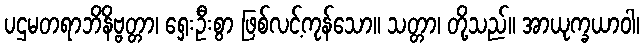
ပဌမတရာဘိနိဗ္ဗတ္တာ၊ ရှေးဦးစွာ ဖြစ်လင့်ကုန်သော။ သတ္တာ၊ တို့သည်။ အာယုက္ခယာဝါ၊